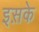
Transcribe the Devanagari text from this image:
इस़के